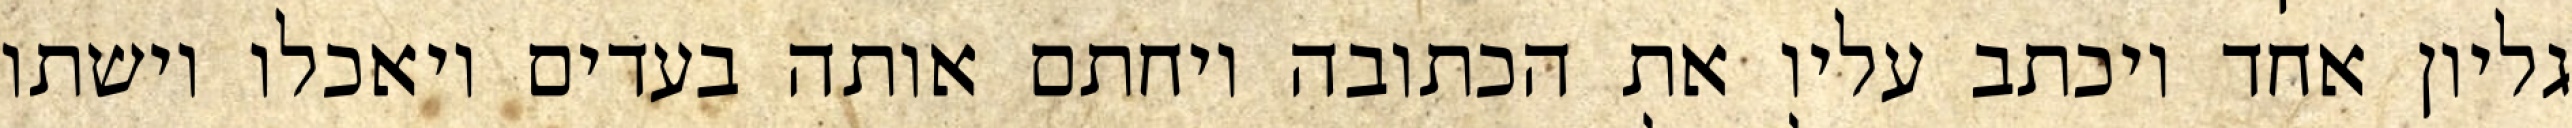
גליון אחד ויכתב עליו את הכתובה ויחתם אותה בעדים ויאכלו וישתו